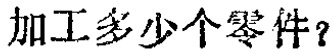
加工多少个零件？